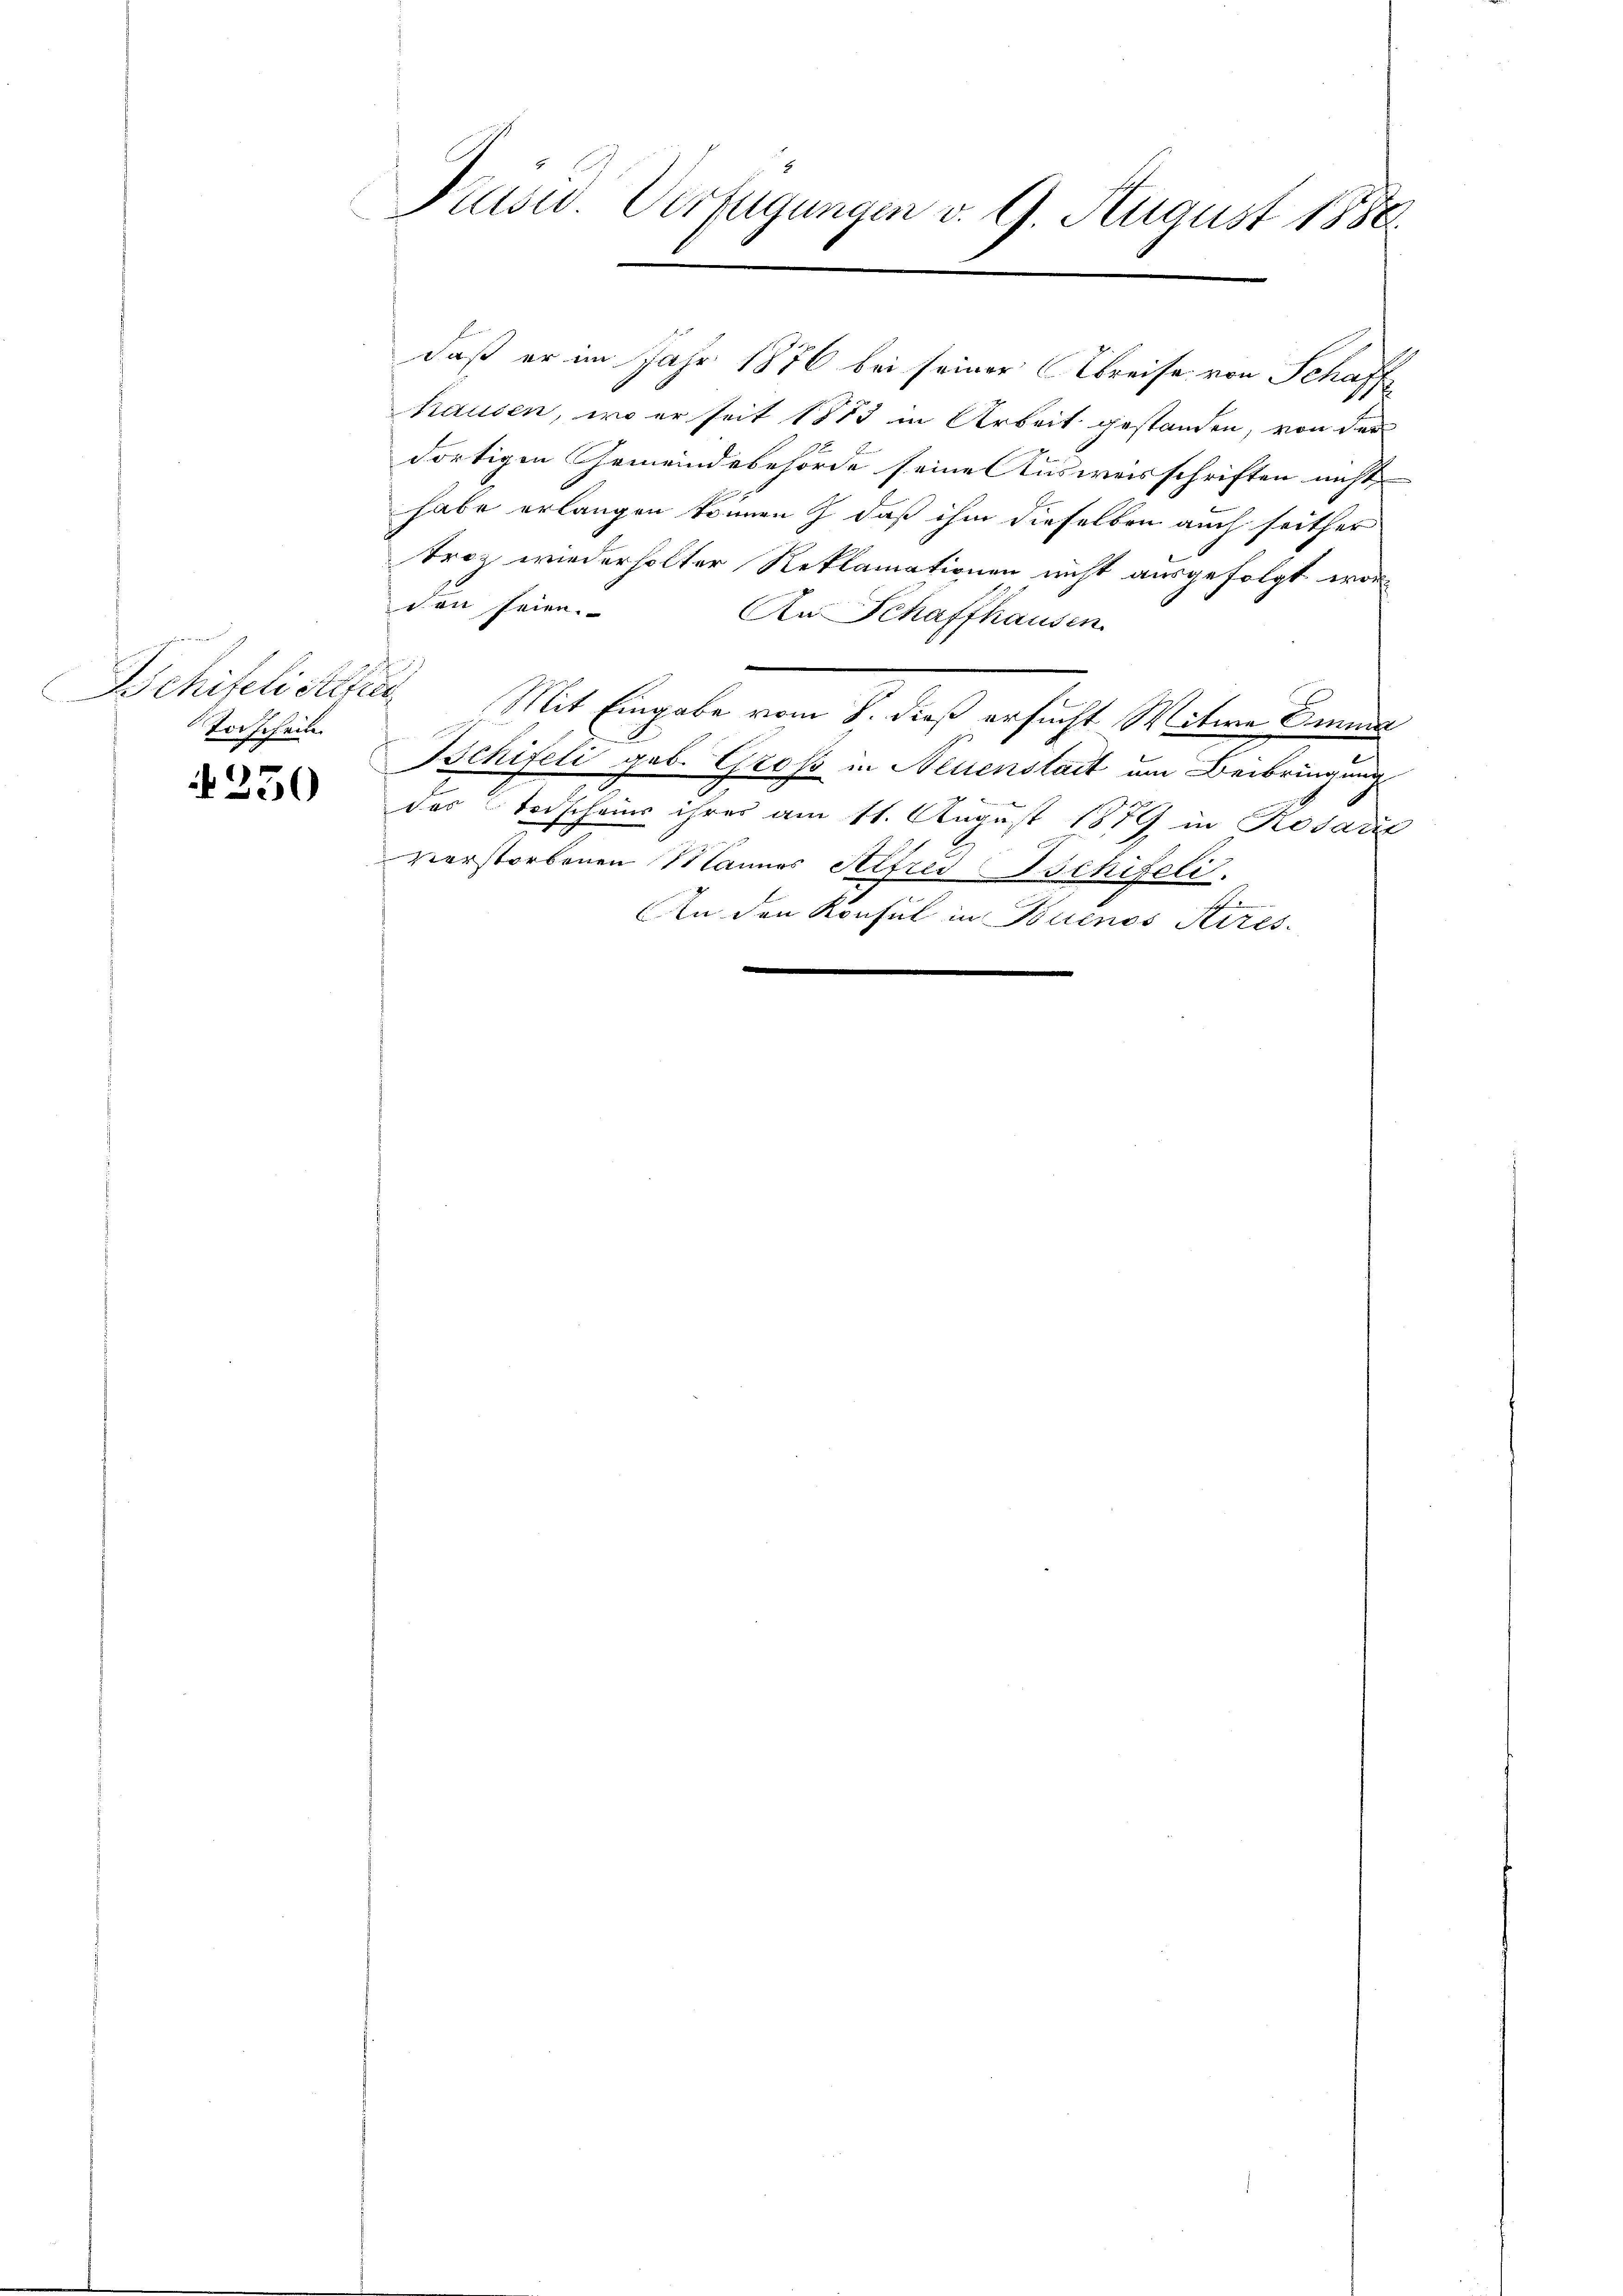
wegen d
Vorschein

250

Präsid. Verfügungen v. 9. August 1886

daß er im Jahr 1876 bei seiner Abreise von Schaff
hausen, wo er seit 1883 in Arbeit gestanden, von der
dortigen Gemeindebehörde seine Ausweisschriften nicht
habe erlangen können & daß ihm dieselben auch seither
troz wiederholter Reklamationen nicht ausgefolgt worden seien.
An Schaffhausen
Schitelistere Mit Eingabe vom 8. dieß ersucht Witwe Einna
Bchifeli geb. Groß in Neuenstait um Beibringung
das Todschein ihres am 11. August 1879 in Rosar
verstorbenen Mannes Alfred Ischifeli.
An den Konsul in Buenos Aires.
e